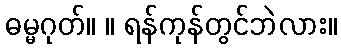
ဓမ္မဂုတ်။ ။ ရန်ကုန်တွင်ဘဲလား။